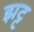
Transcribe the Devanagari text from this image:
झट्ट